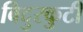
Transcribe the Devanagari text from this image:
विदुरकुटी